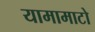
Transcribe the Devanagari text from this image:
यामामाटो